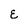
Character: E